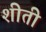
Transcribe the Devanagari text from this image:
शीती